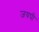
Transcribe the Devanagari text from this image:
जयपी